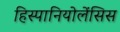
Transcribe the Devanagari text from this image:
हिस्पानियोलेंसिस